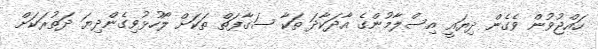
ހައްޖުވުން ވެގެން ދިޔައީ އިސްލާމުންގެ އާދަކާދަ ތަކާ ސަގާފަތް ތަކަށް ލޯހުޅުވިގެންދިޔަ ދަތުރަކަށް